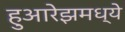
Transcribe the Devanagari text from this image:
हुआरेझमध्ये